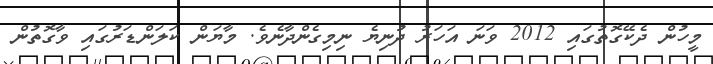
މީހުން ދެކޭގޮތުގައި 2012 ވަނަ އަހަރު ދުނިޔެ ނިމިގެންދާނެވެ. މާޔަން ކަލަންޑަރުގައި ވާގޮތުން